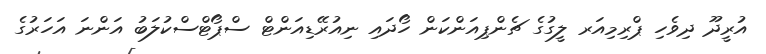
އުރީދޫ ދިވެހި ޕްރިމިއަރ ލީގުގެ ޗެންޕިއަންކަން ހޯދައި ނިއުރޭޑިއަންޓް ސްޕޯޓްސްކުލަބު އަންނަ އަހަރުގެ